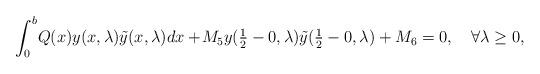
LaTeX: \begin{align*} \int_0^b\!Q(x)y(x,\lambda)\tilde{y}(x,\lambda)dx+\!M_5y(\textstyle{1 \over 2}-0,\lambda)\tilde{y}(\textstyle{1 \over 2}-0,\lambda)+M_6=0,\quad\forall\lambda\ge0,\end{align*}